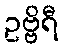
ဥဗ္ဗိရီ